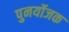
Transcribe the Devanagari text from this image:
पुनर्योजक